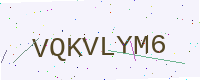
Text: VQKVLYM6